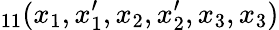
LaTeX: _{11}(x_{1},x_{1}^{\prime},x_{2},x_{2}^{\prime},x_{3},x_{3})